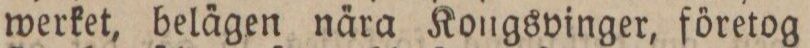
werket, belägen nära Kongsvinger, företog